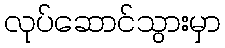
လုပ်ဆောင်သွားမှာ